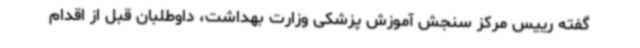
گفته رییس مرکز سنجش آموزش پزشکی وزارت بهداشت، داوطلبان قبل از اقدام